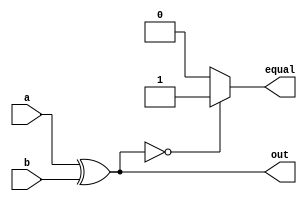
`timescale 1ns / 1ps
//////////////////////////////////////////////////////////////////////////////////
// Company: 
// Engineer: 
// 
// Design Name: 
// Module Name: CS151_XOR
// Project Name: 
// Target Devices: 
// Tool Versions: 
// Description: 
// 
// Dependencies: 
// 
// Revision:
// Revision 0.01 - File Created
// Additional Comments:
// 
//////////////////////////////////////////////////////////////////////////////////


module CS151_XOR(
    input [31:0]a,
    input [31:0]b,
    output [31:0]out,
    output equal
    );
assign out = a^b;
integer e;
always@(*) begin
    if (out == 32'b00000000000000000000000000000000)
        e = 1;
    else
        e = 0;
    end  
assign equal = e;
endmodule